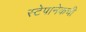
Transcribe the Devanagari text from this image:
स्टेपानेकची